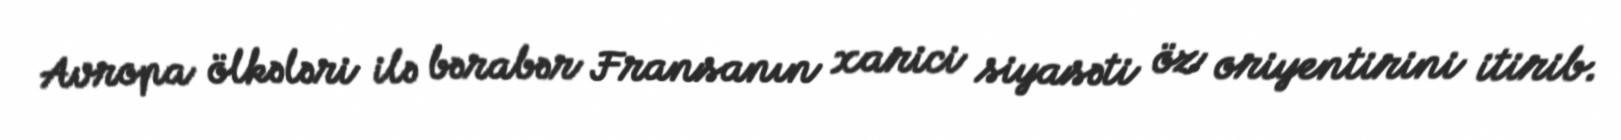
Avropa ölkələri ilə bərabər Fransanın xarici siyasəti öz oriyentirini itirib.